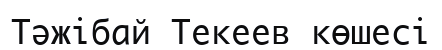
Тәжібай Текеев көшесі